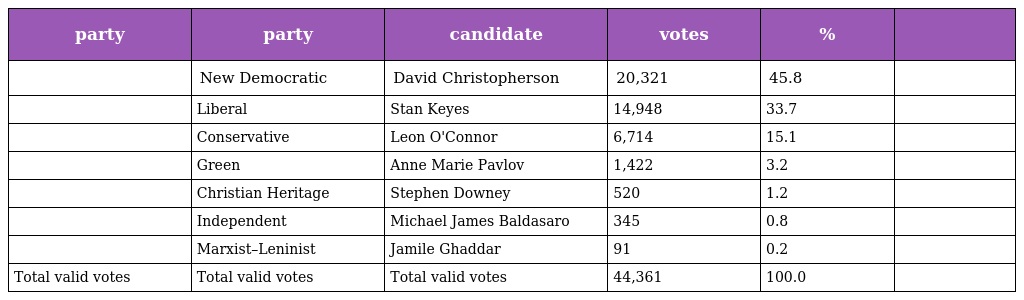
| party | party | candidate | votes | % |  |
 | --- | --- | --- | --- | --- | --- |
 |  | New Democratic | David Christopherson | 20,321 | 45.8 |  |
 |  | Liberal | Stan Keyes | 14,948 | 33.7 |  |
 |  | Conservative | Leon O'Connor | 6,714 | 15.1 |  |
 |  | Green | Anne Marie Pavlov | 1,422 | 3.2 |  |
 |  | Christian Heritage | Stephen Downey | 520 | 1.2 |  |
 |  | Independent | Michael James Baldasaro | 345 | 0.8 |  |
 |  | Marxist–Leninist | Jamile Ghaddar | 91 | 0.2 |  |
 | Total valid votes | Total valid votes | Total valid votes | 44,361 | 100.0 |  |